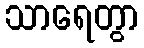
သာရေတွာ